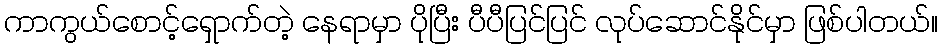
ကာကွယ်စောင့်ရှောက်တဲ့ နေရာမှာ ပိုပြီး ပီပီပြင်ပြင် လုပ်ဆောင်နိုင်မှာ ဖြစ်ပါတယ်။